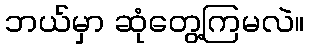
ဘယ်မှာ ဆုံတွေ့ကြမလဲ။